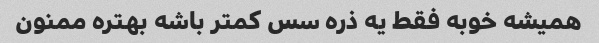
همیشه خوبه فقط یه ذره سس کمتر باشه بهتره ممنون